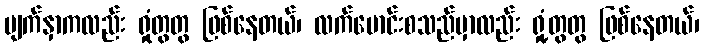
မျက်နှာကလည်း ရှုံတွတွ ဖြစ်နေတယ်၊ လက်မောင်းစသည်မှာလည်း ရှုံ့တွတွ ဖြစ်နေတယ်၊